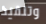
وتنفيذ